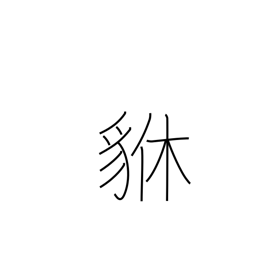
Meaning: brave heraldic beast